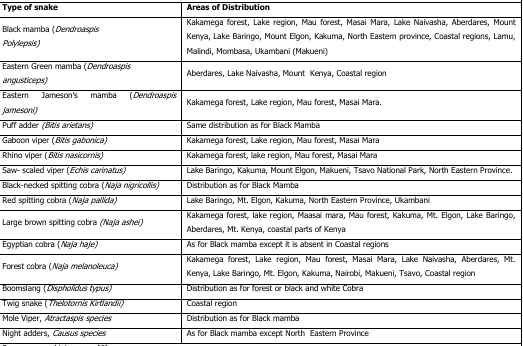
<table><thead><tr><td><b>Type of snake</b></td><td><b>Areas of Distribution</b></td></tr></thead><tbody><tr><td>Black mamba (<i>Dendroaspis Polylepsis</i>)</td><td>Kakamega forest, Lake region, Mau forest, Masai Mara, Lake Naivasha, Aberdares, Mount Kenya, Lake Baringo, Mount Elgon, Kakuma, North Eastern province, Coastal regions, Lamu, Malindi, Mombasa, Ukambani (Makueni)</td></tr><tr><td>Eastern Green mamba (<i>Dendroaspis angusticeps</i>)</td><td>Aberdares, Lake Naivasha, Mount Kenya, Coastal region</td></tr><tr><td>Eastern Jameson’s mamba (<i>Dendroaspis jamesoni</i>)</td><td>Kakamega forest, Lake region, Mau forest, Masai Mara.</td></tr><tr><td>Puff adder (<i>Bitis arietans</i>)</td><td>Same distribution as for Black Mamba</td></tr><tr><td>Gaboon viper (<i>Bitis gabonica</i>)</td><td>Kakamega forest, Lake region, Mau forest, Masai Mara</td></tr><tr><td>Rhino viper (<i>Bitis nasicornis</i>)</td><td>Kakamega forest, lake region, Mau forest, Masai Mara</td></tr><tr><td>Saw- scaled viper (<i>Echis carinatus</i>)</td><td>Lake Baringo, Kakuma, Mount Elgon, Makueni, Tsavo National Park, North Eastern Province.</td></tr><tr><td>Black-necked spitting cobra (<i>Naja nigricollis</i>)</td><td>Distribution as for Black Mamba</td></tr><tr><td>Red spitting cobra (<i>Naja pallida</i>)</td><td>Lake Baringo, Mt. Elgon, Kakuma, North Eastern Province, Ukambani</td></tr><tr><td>Large brown spitting cobra (<i>Naja ashei</i>)</td><td>Kakamega forest, lake region, Maasai mara, Mau forest, Kakuma, Mt. Elgon, Lake Baringo, Aberdares, Mt. Kenya, coastal parts of Kenya</td></tr><tr><td>Egyptian cobra (<i>Naja haje</i>)</td><td>As for Black mamba except it is absent in Coastal regions</td></tr><tr><td>Forest cobra (<i>Naja melanoleuca</i>)</td><td>Kakamega forest, Lake region, Mau forest, Masai Mara, Lake Naivasha, Aberdares, Mt. Kenya, Lake Baringo, Mt. Elgon, Kakuma, Nairobi, Makueni, Tsavo, Coastal region</td></tr><tr><td>Boomslang (<i>Dispholidus typus</i>)</td><td>Distribution as for forest or black and white Cobra</td></tr><tr><td>Twig snake (<i>Thelotornis Kirtlandii</i>)</td><td>Coastal region</td></tr><tr><td>Mole Viper, Atractaspis species</td><td>Distribution as for Black mamba</td></tr><tr><td>Night adders, Causus species</td><td>As for Black mamba except North Eastern Province</td></tr></tbody></table>